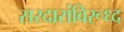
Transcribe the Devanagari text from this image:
सरदारांविरूध्द